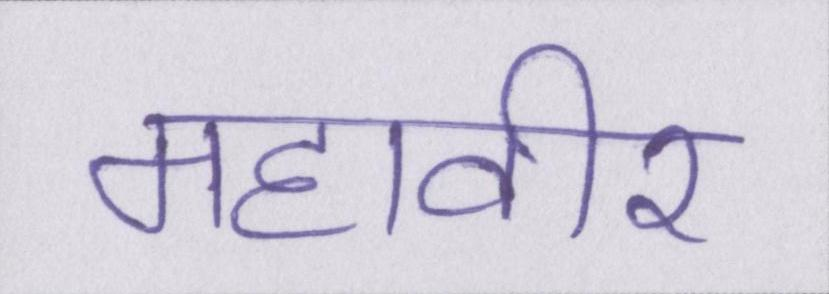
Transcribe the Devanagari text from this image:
महावीर